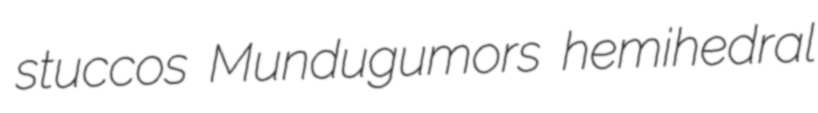
stuccos Mundugumors hemihedral